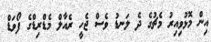
އިން މޮޅުވިއިރު މެޗުގެ ދެ ލަނޑު ވެސް ޖެހީ ރެއާލް މެޑްރިޑްގެ ފޯވަޑް